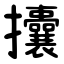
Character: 攮